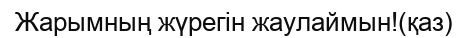
Жарымның жүрегін жаулаймын!(қаз)